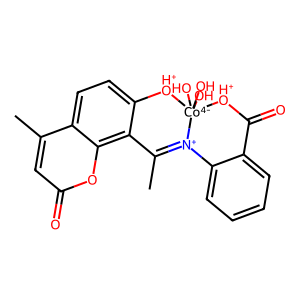
SMILES: CC1=[N+]2c3ccccc3C(=O)[OH+][Co-4]2(O)(O)(O)[OH+]c2ccc3c(C)cc(=O)oc3c21
Inhibits HIV replication: No